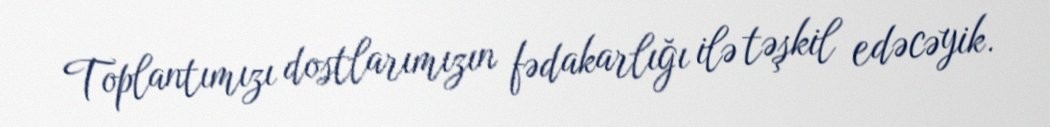
Toplantımızı dostlarımızın fədakarlığı ilə təşkil edəcəyik.